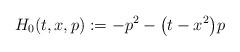
LaTeX: \begin{gather*}H_0(t, x, p) := -p^2 - \big(t - x^2\big)p\end{gather*}